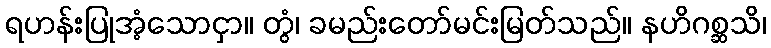
ရဟန်းပြုအံ့သောငှာ။ တွံ၊ ခမည်းတော်မင်းမြတ်သည်။ နဟိဂစ္ဆသိ၊